Civil Veterinary Department Bihar & Orissa reports 1929-36 - 1929-1936
Year: 1929
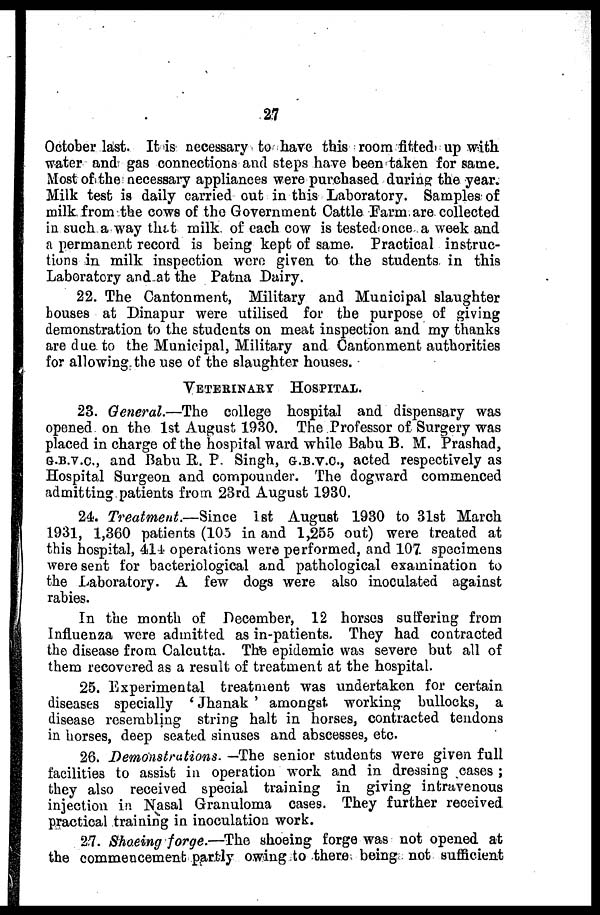
27
October last. It is necessary to have this room fitted up with
water and gas connections and steps have been taken for same.
Most of the necessary appliances were purchased during the year.
Milk test is daily carried out in this Laboratory. Samples of
milk from the cows of the Government Cattle Farm are collected
in such a way that milk of each cow is tested once a week and
a permanent record is being kept of same. Practical instruc-
tions in milk inspection were given to the students in this
Laboratory and at the Patna Dairy.
22. The Cantonment, Military and Municipal slaughter
bouses at Dinapur were utilised for the purpose of giving
demonstration to the students on meat inspection and my thanks
are due to the Municipal, Military and Cantonment authorities
for allowing the use of the slaughter houses.
VETERINARY
HOSPITAL.
23. General.—The college hospital and dispensary was
opened on the 1st August 1930. The Professor of Surgery was
placed in charge of the hospital ward while Babu B. M. Prashad,
G.B.V.C., and Babu R. P. Singh, G.B.V.C., acted respectively as
Hospital Surgeon and compounder. The dogward commenced
admitting patients from 23rd August 1930.
24. Treatment.—Since
1st August 1930 to 31st March
1931, 1,360 patients (105 in and 1,255 out) were treated at
this hospital, 414 operations were performed, and 107 specimens
were sent for bacteriological and pathological examination to
the Laboratory. A few dogs were also inoculated against
rabies.
In the month of December, 12 horses suffering from
Influenza were admitted as in-patients. They had contracted
the disease from Calcutta. The epidemic was severe but all of
them recovered as a result of treatment at the hospital.
25. Experimental treatment was undertaken for certain
diseases specially ' Jhanak ' amongst working bullocks, a
disease resembling string halt in horses, contracted tendons
in horses, deep seated sinuses and abscesses, etc.
26. Demonstrations. —The senior students were given full
facilities to assist in operation work and in dressing cases;
they also received special training in giving intravenous
injection in Nasal Granuloma cases. They further received
practical training in inoculation work.
27. Shoeing forge.—The shoeing forge was not opened at
the commencement partly owing to there being not sufficient